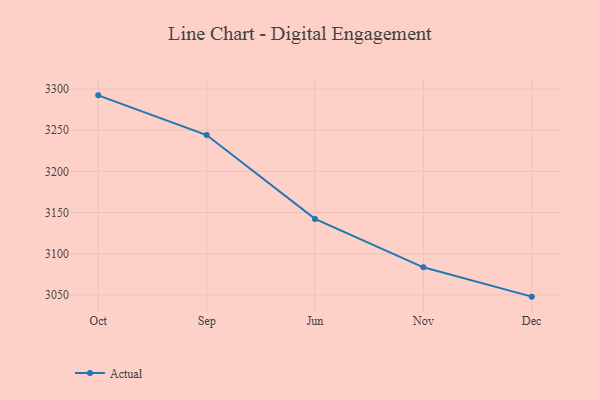
{"axis": {"x": "Month", "y": "Production Output"}, "legend": ["Actual"], "data": [{"x": "Oct", "y": 3292.3, "type": "Actual"}, {"x": "Sep", "y": 3244.1, "type": "Actual"}, {"x": "Jun", "y": 3142.3, "type": "Actual"}, {"x": "Nov", "y": 3083.5, "type": "Actual"}, {"x": "Dec", "y": 3047.9, "type": "Actual"}]}